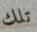
تلك